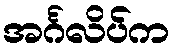
အင်္ဂလိပ်က